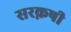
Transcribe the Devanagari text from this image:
सरक़षी